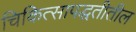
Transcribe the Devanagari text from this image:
चिकित्सापद्धतीतील